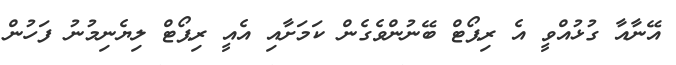
އޭނާއާ ގުޅުއްވީ އެ ރިޕޯޓް ބޭނުންވެގެން ކަމަށާއި އެއީ ރިޕޯޓް ލިޔެނިމުނު ފަހުން